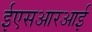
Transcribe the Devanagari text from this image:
ईएसआरआई